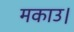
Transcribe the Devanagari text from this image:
मकाउ।